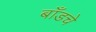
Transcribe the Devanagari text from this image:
बाँडचे